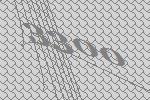
3300